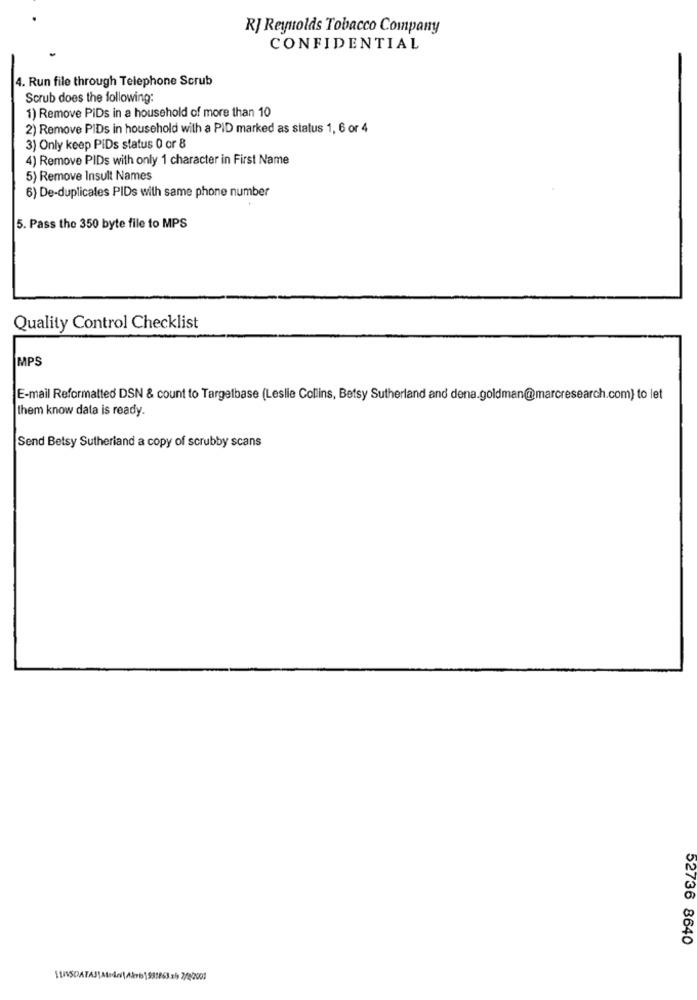
RJ Reynolds Tobacco Company
CONFIDENTIAL
4. Run file through Telephone Scrub
Scrub does the following:
1) Remove PiDs in a household of more than 10
2) Remove PIDs in household with a PID marked as status 1, 6 or 4
3) Only keep PIDs status 0 or 8
4) Remove PIDs with only 1 character in First Name
5) Remove Insult Names
6) De-duplicales PIDs with same phone number
5. Pass the 350 byte file to MPS
Quality Control Checklist
IMPS
E-mail Reformatted DSN & count to Targetbase (Leslie Collins, Betsy Sutherland and dena.goldman@marcresearch.com) to let
them know data is ready.
Send Betsy Sutherland a copy of scrubby scans
52736 8640